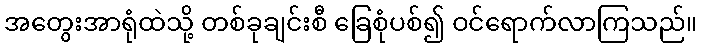
အတွေးအာရုံထဲသို့ တစ်ခုချင်းစီ ခြေစုံပစ်၍ ဝင်ရောက်လာကြသည်။